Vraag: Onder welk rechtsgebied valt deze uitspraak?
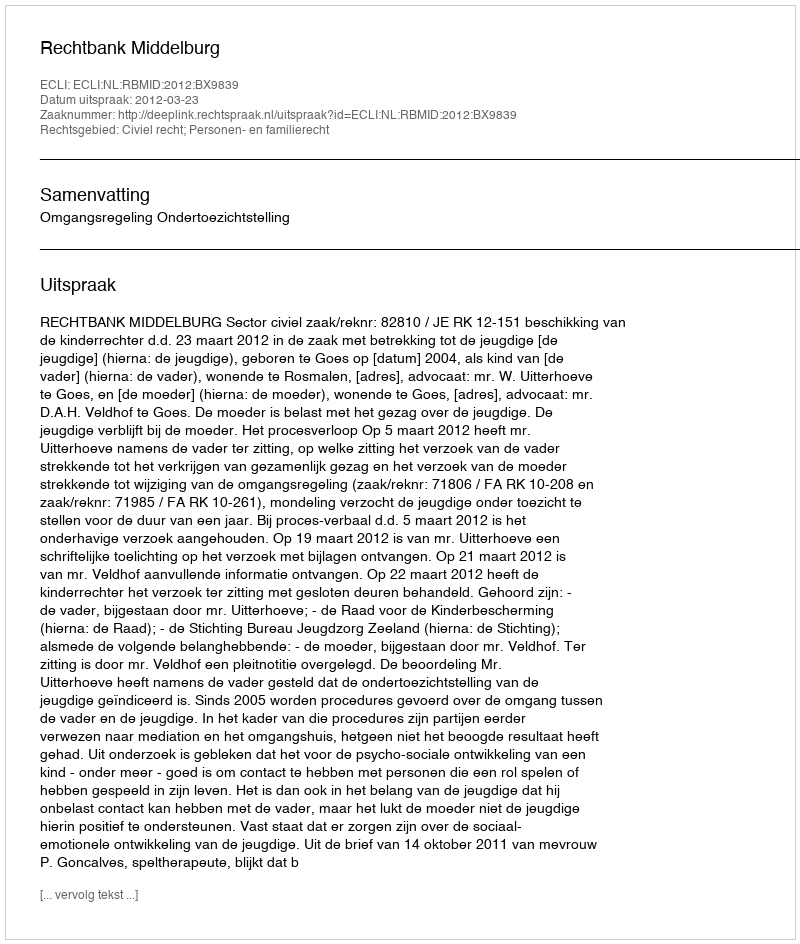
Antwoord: Civiel recht; Personen- en familierecht